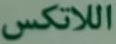
اللاتكس